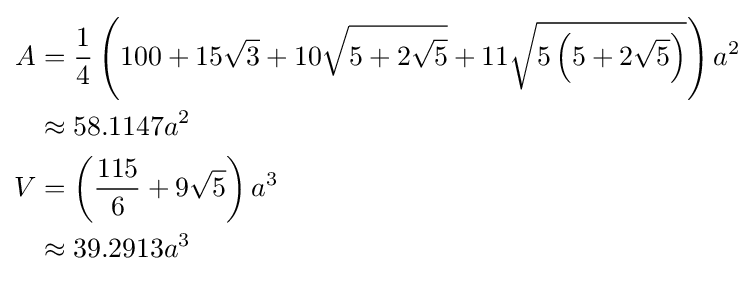
{\begin{aligned}A&={\frac {1}{4}}\left(100+15{\sqrt {3}}+10{\sqrt {5+2{\sqrt {5}}}}+11{\sqrt {5\left(5+2{\sqrt {5}}\right)}}\right)a^{2}\\&\approx 58.1147a^{2}\\V&=\left({\frac {115}{6}}+9{\sqrt {5}}\right)a^{3}\\&\approx 39.2913a^{3}\end{aligned}}